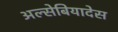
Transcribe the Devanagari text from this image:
अल्सेबियादेस